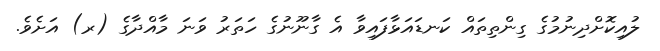
ލުއިކޮށްދިނުމުގެ ގިންތިތައް ކަނޑައަޅާފައިވާ އެ ގާނޫނުގެ ހަތަރު ވަނަ މާއްދާގެ (ރ) އަށެވެ.